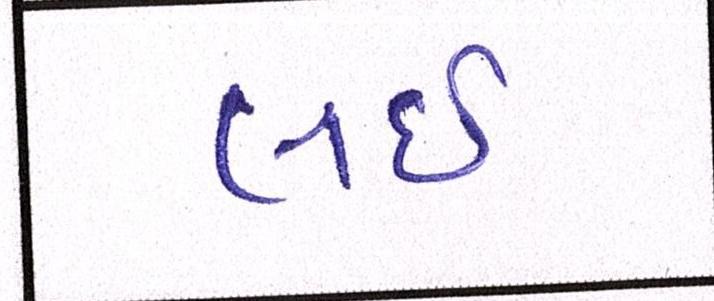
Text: લઇ